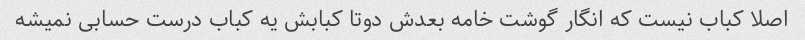
اصلا کباب نیست که انگار گوشت خامه بعدش دوتا کبابش یه کباب درست حسابی نمیشه